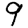
Digit: 9